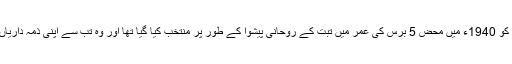
موجودہ دلائی لامہ کو 1940ء میں محض 5 برس کی عمر میں تبت کے روحانی پیشوا کے طور پر منتخب کیا گیا تھا اور وہ تب سے اپنی ذمہ داریاں نبھاتے آرہے ہیں۔